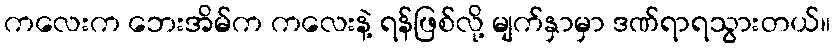
ကလေးက ဘေးအိမ်က ကလေးနဲ့ ရန်ဖြစ်လို့ မျက်နှာမှာ ဒဏ်ရာရသွားတယ်။